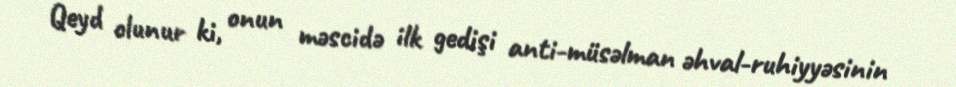
Qeyd olunur ki, onun məscidə ilk gedişi anti-müsəlman əhval-ruhiyyəsinin